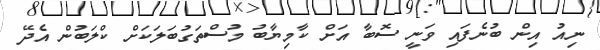
ނިއު އިން ބުނެފައި ވަނީ ސޮބާ އަށް ކާމިޔާބު މުސްތަގުބަލަކަށް ކްލަބުން އެދޭ